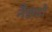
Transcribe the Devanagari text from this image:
नैरुटो